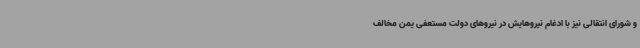
و شورای انتقالی نیز با ادغام نیروهایش در نیروهای دولت مستعفی یمن مخالف